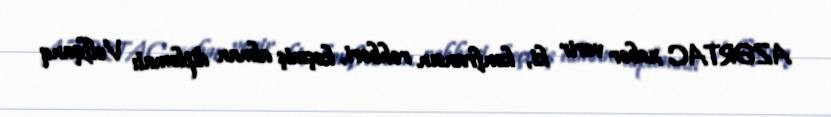
AZƏRTAC xəbər verir ki, konfransın rəhbəri, keçmiş alman diplomatı Volfqanq